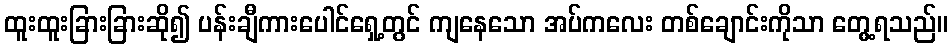
ထူးထူးခြားခြားဆို၍ ပန်းချီကားပေါင်ရှေ့တွင် ကျနေသော အပ်ကလေး တစ်ချောင်းကိုသာ တွေ့ရသည်။